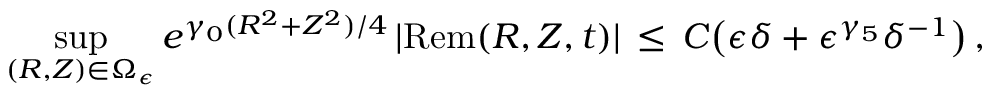
\operatorname* { s u p } _ { ( R , Z ) \in \Omega _ { \epsilon } } e ^ { \gamma _ { 0 } ( R ^ { 2 } + Z ^ { 2 } ) / 4 } \, | \mathrm { R e m } ( R , Z , t ) | \, \le \, C \bigl ( \epsilon \delta + \epsilon ^ { \gamma _ { 5 } } \delta ^ { - 1 } \bigr ) \, ,